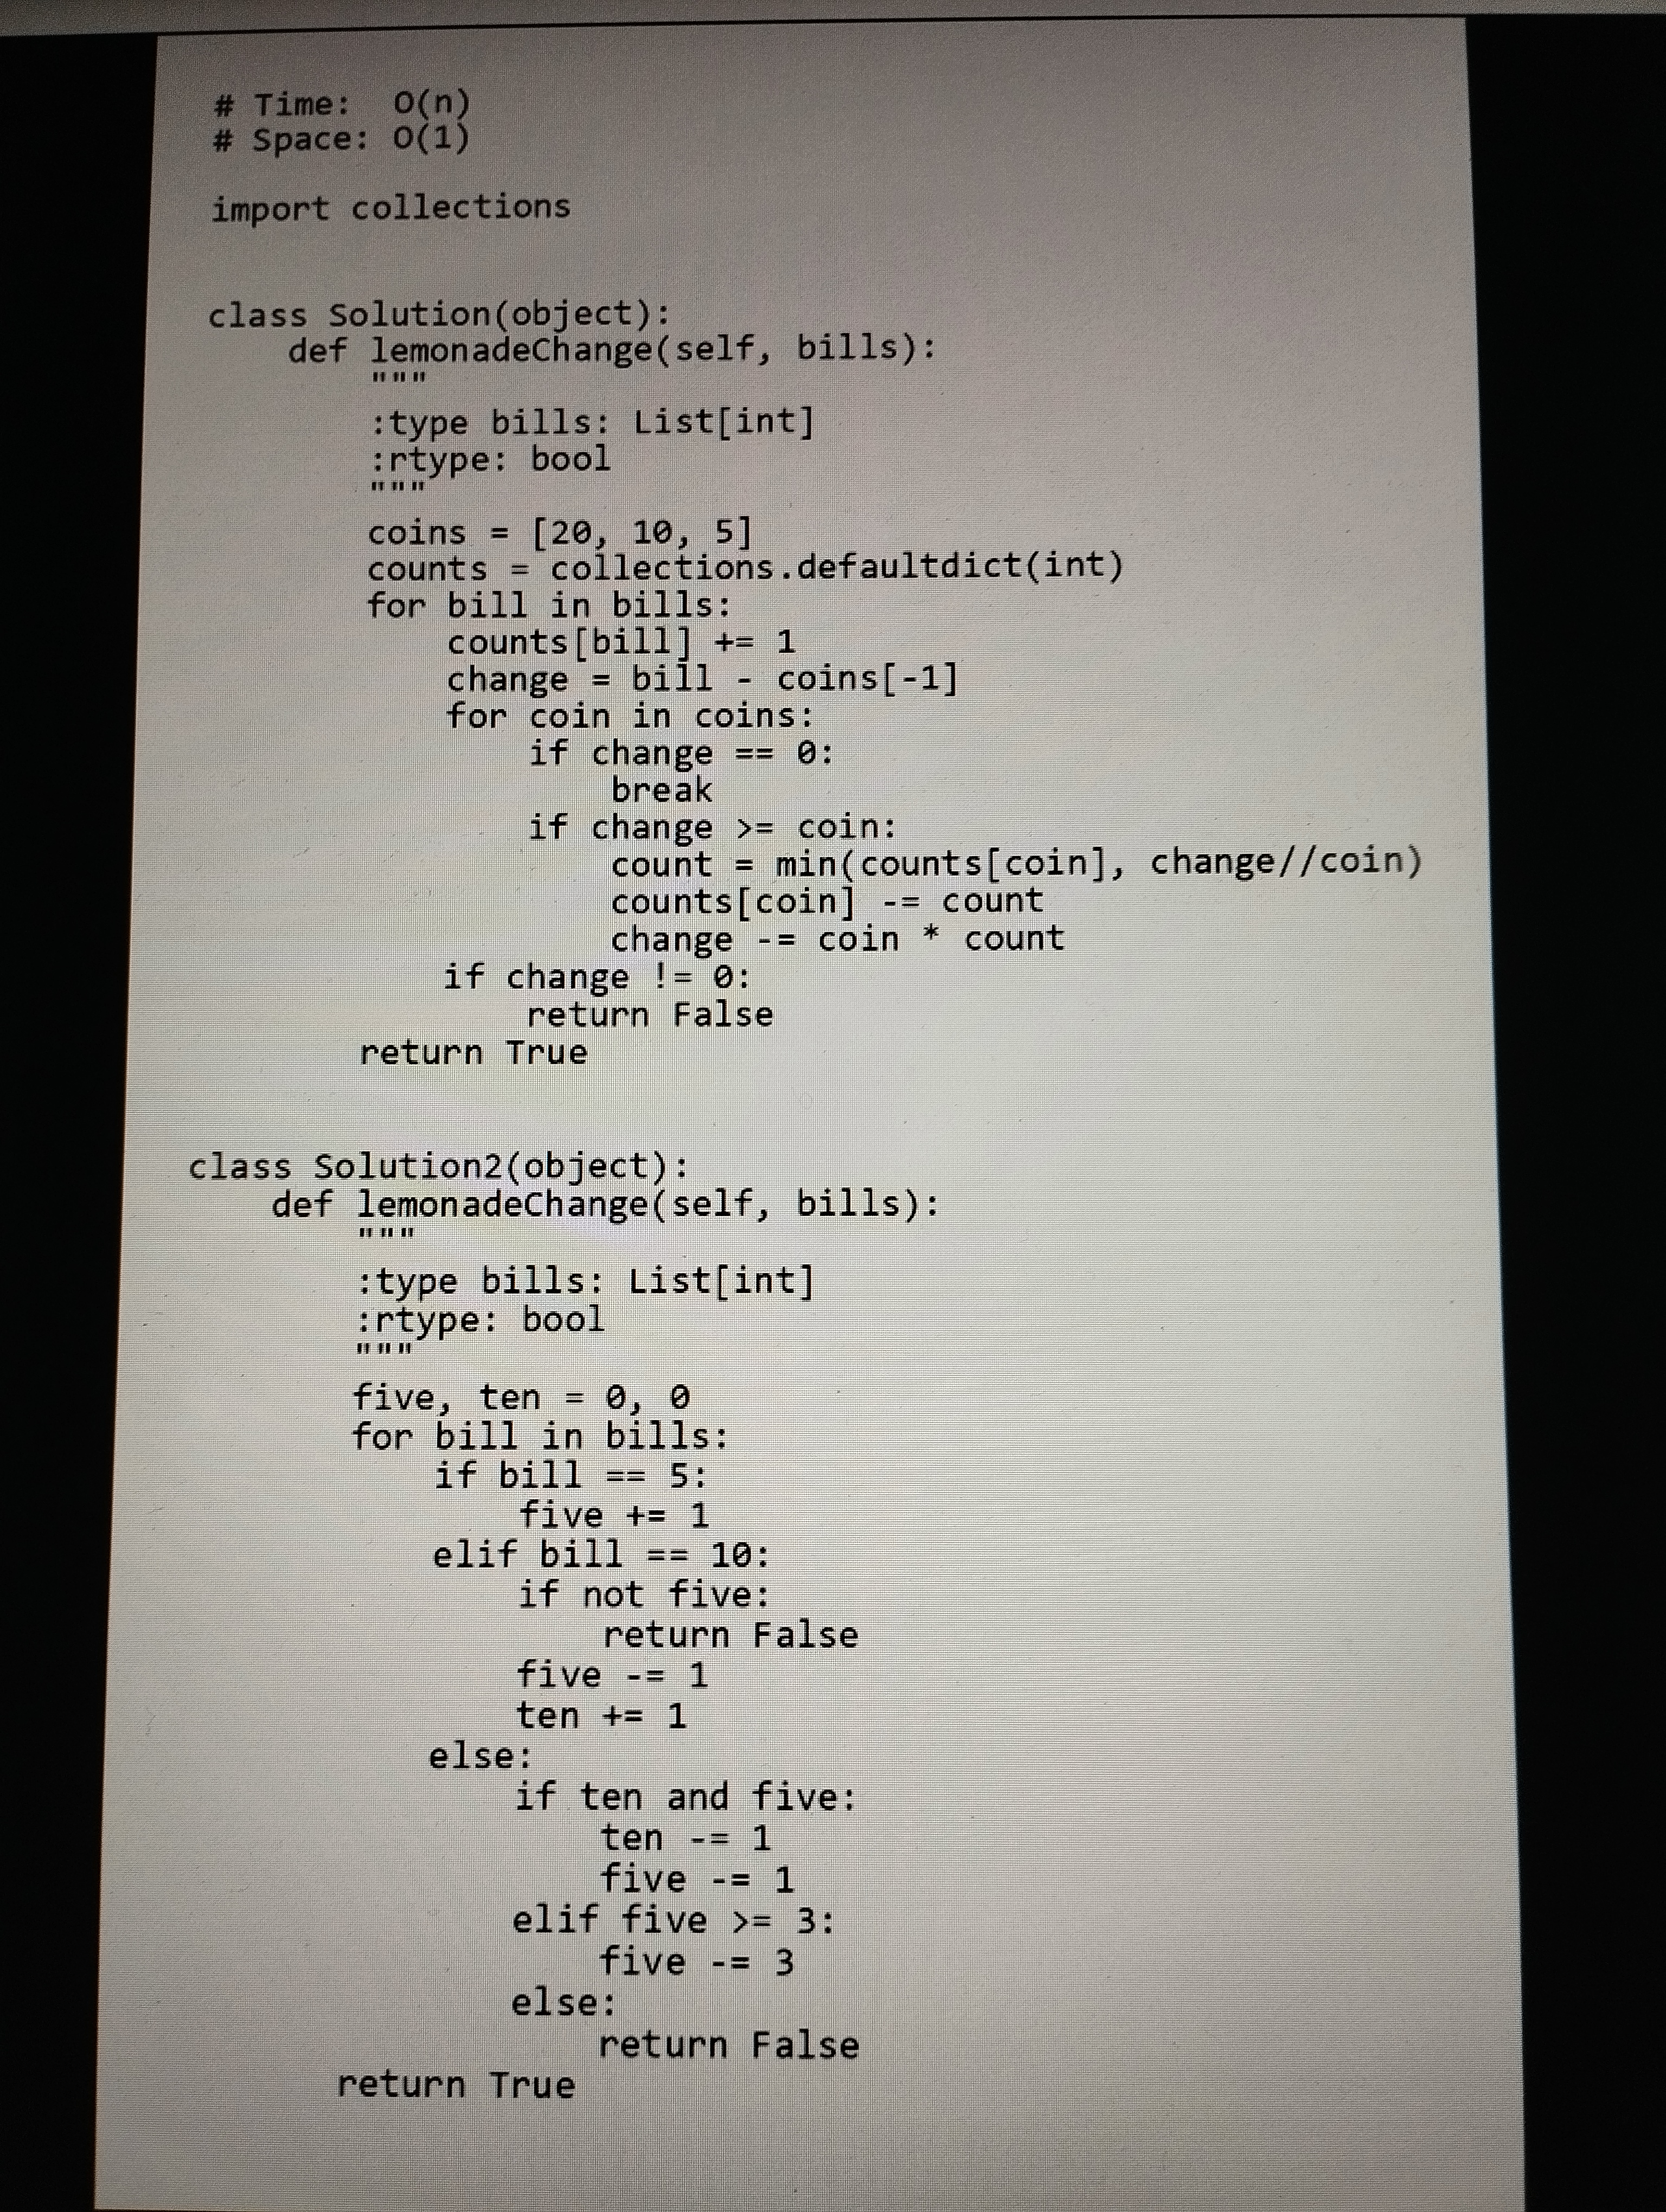
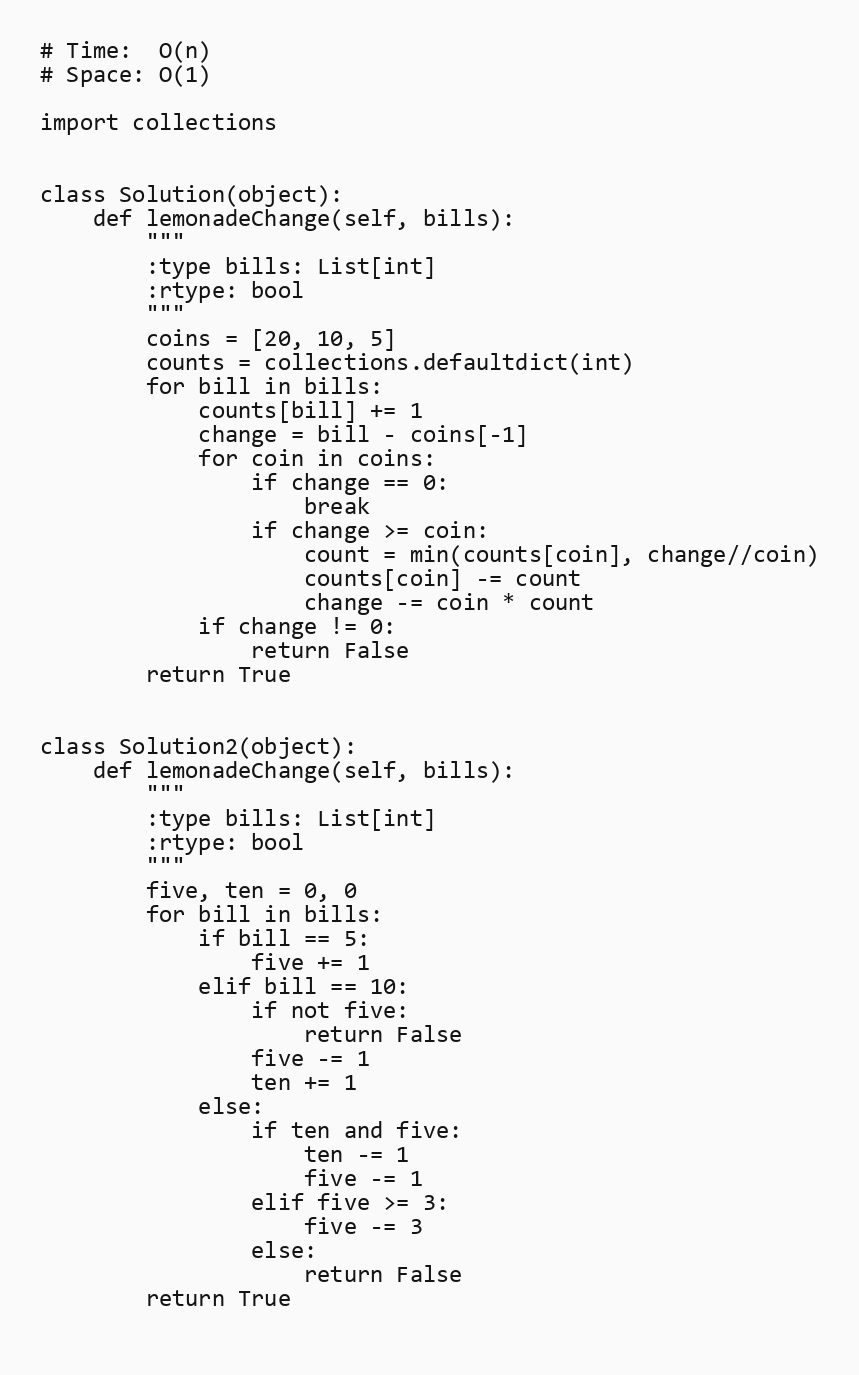
# Time:  O(n)
# Space: O(1)

import collections

class Solution(object):
    def lemonadeChange(self, bills):
        """
        :type bills: List[int]
        :rtype: bool
        """
        coins = [20, 10, 5]
        counts = collections.defaultdict(int)
        for bill in bills:
            counts[bill] += 1
            change = bill - coins[-1]
            for coin in coins:
                if change == 0:
                    break
                if change >= coin:
                    count = min(counts[coin], change//coin)
                    counts[coin] -= count
                    change -= coin * count
            if change != 0:
                return False
        return True

class Solution2(object):
    def lemonadeChange(self, bills):
        """
        :type bills: List[int]
        :rtype: bool
        """
        five, ten = 0, 0
        for bill in bills:
            if bill == 5:
                five += 1
            elif bill == 10:
                if not five:
                    return False
                five -= 1
                ten += 1
            else:
                if ten and five:
                    ten -= 1
                    five -= 1
                elif five >= 3:
                    five -= 3
                else:
                    return False
        return True